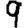
Digit: 9